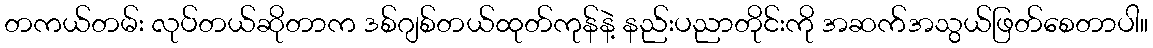
တကယ်တမ်း လုပ်တယ်ဆိုတာက ဒစ်ဂျစ်တယ်ထုတ်ကုန်နဲ့ နည်းပညာတိုင်းကို အဆက်အသွယ်ဖြတ်စေတာပါ။